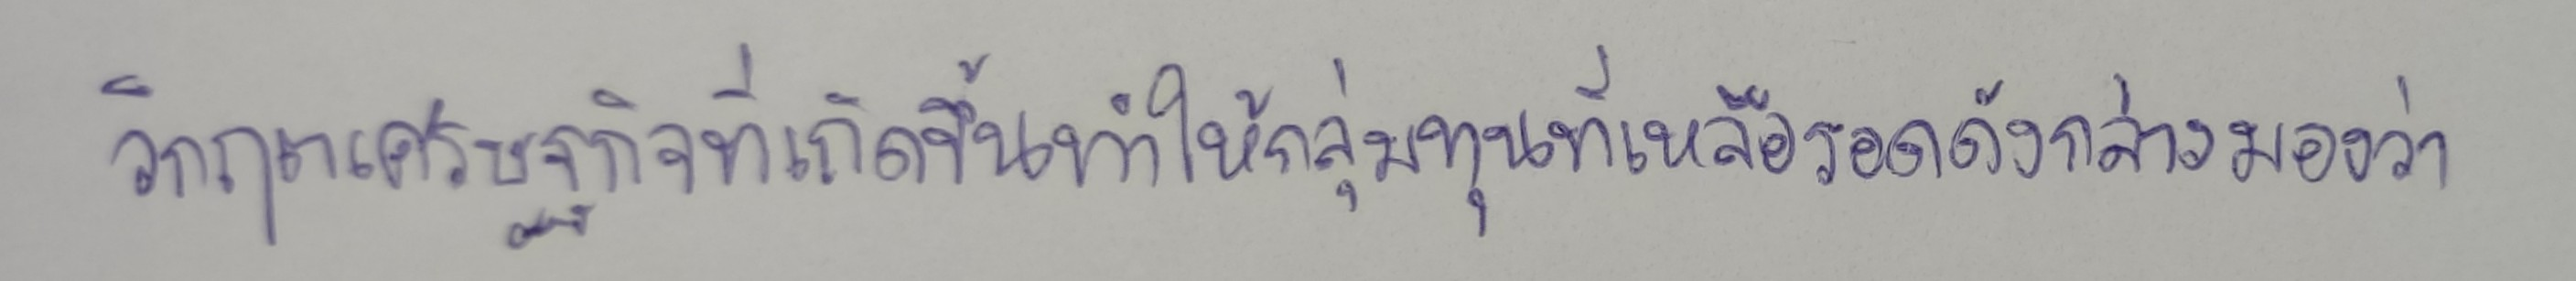
วิกฤตเศรษฐกิจที่เกิดขึ้นทำให้กลุ่มทุนที่เหลือรอดดังกล่าวมองว่า